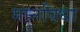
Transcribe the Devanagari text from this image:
गानविधा